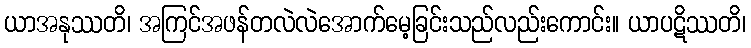
ယာအနုဿတိ၊ အကြင်အဖန်တလဲလဲအောက်မေ့ခြင်းသည်လည်းကောင်း။ ယာပဋိဿတိ၊